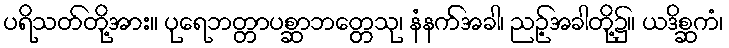
ပရိသတ်တို့အား။ ပုရေဘတ္တာပစ္ဆာဘတ္တေသု၊ နံနက်အခါ၊ ညဉ့်အခါတို့၌။ ယဒိစ္ဆကံ၊